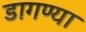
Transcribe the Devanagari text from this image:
डागण्या